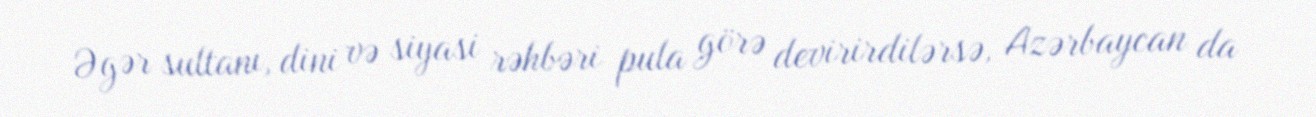
Əgər sultanı, dini və siyasi rəhbəri pula görə devirirdilərsə, Azərbaycan da